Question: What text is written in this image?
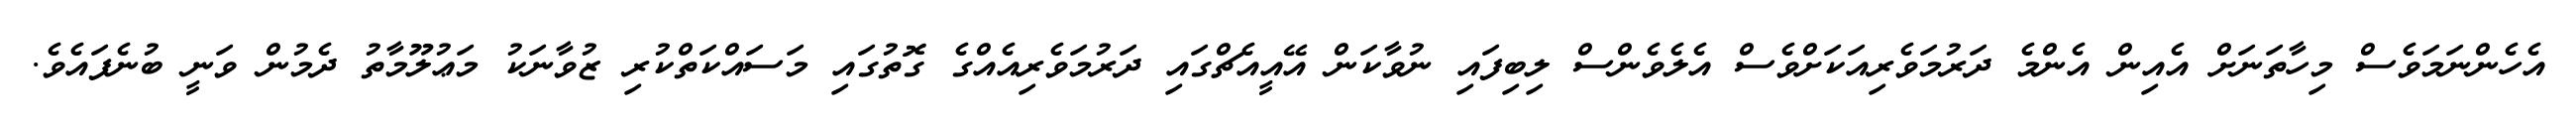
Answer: އެހެންނަމަވެސް މިހާތަނަށް އެއިން އެންމެ ދަރުމަވެރިއަކަށްވެސް އެލެވެންސް ލިބިފައި ނުވާކަން އޭއީއެޗްގައި ދަރުމަވެރިއެއްގެ ގޮތުގައި މަސައްކަތްކުރި ޒުވާނަކު މަޢުލޫމާތު ދެމުން ވަނީ ބުނެފައެވެ.